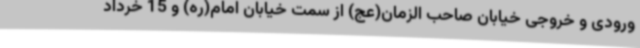
ورودی و خروجی خیابان صاحب الزمان(عج) از سمت خیابان امام(ره) و 15 خرداد